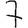
Digit: 7